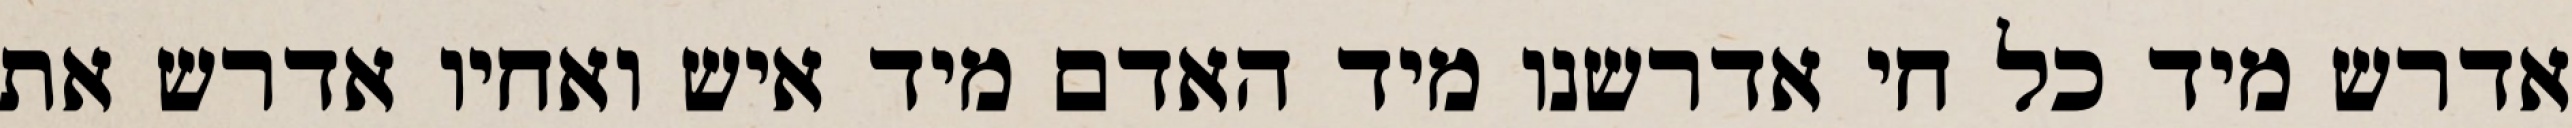
אדרש מיד כל חי אדרשנו מיד האדם מיד איש ואחיו אדרש את